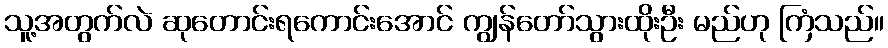
သူ့အတွက်လဲ ဆုတောင်းရကောင်းအောင် ကျွန်တော်သွားထိုးဦး မည်ဟု ကြံသည်။